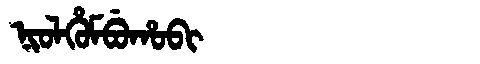
Manchu: ᠨᡳᠣᠯᡥᡠᠮᠪᡠᡥᠣᠪᡳ
Romanization: NIOLHUMBUHOBI